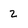
Character: 2